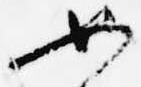
如